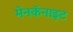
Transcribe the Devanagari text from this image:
मेनकॅनाइट